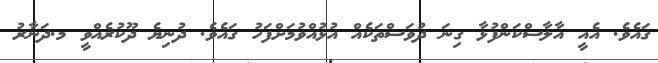
ގައެވެ. އެއީ އާލާސްކަންފުޅާ ގިނަ ދުވަސްތަކެއް އުޅުއްވުމަށްފަހު ގައެވެ. ދުނިޔެ ދޫކުރެއްވީ މ.ދަނާރު